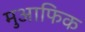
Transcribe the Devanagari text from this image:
मुआफिक